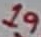
Text: 19